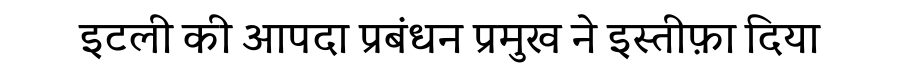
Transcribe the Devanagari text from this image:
इटली की आपदा प्रबंधन प्रमुख ने इस्तीफ़ा दिया